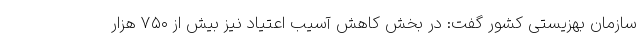
سازمان بهزیستی کشور گفت: در بخش کاهش آسیب اعتیاد نیز بیش از ۷۵۰ هزار